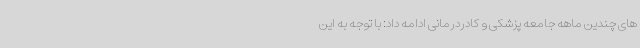
های چندین ماهه جامعه پزشکی و کادردرمانی ادامه داد: با توجه به این